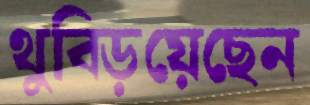
থুব্‌ড়িয়েছেন